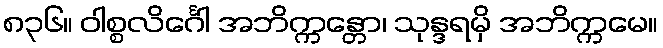
၈၃၆။ ဝါစ္စလိင်္ဂေါ အဘိက္ကန္တော၊ သုန္ဒရမှိ အဘိက္ကမေ။